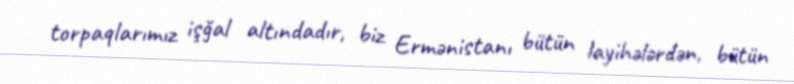
torpaqlarımız işğal altındadır, biz Ermənistanı bütün layihələrdən, bütün